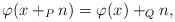
\begin{align*}\varphi(x+_P n)=\varphi(x)+_Q n,\end{align*}